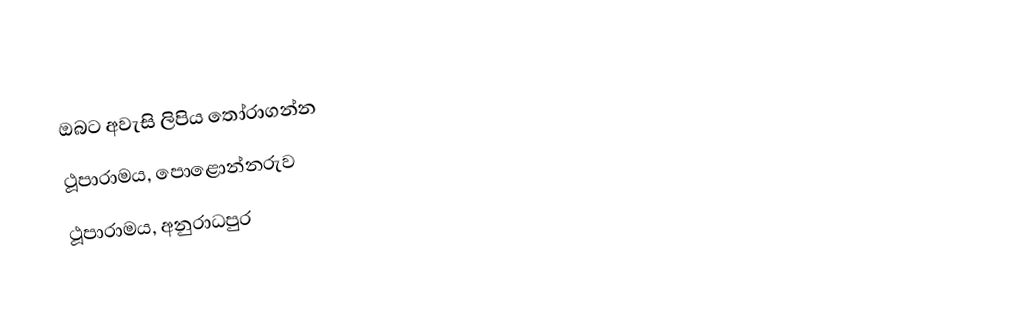
ඔබට අවැසි ලිපිය  තෝරාගන්න
 ථූපාරාමය, පොළොන්නරුව
 ථූපාරාමය, අනුරාධපුර